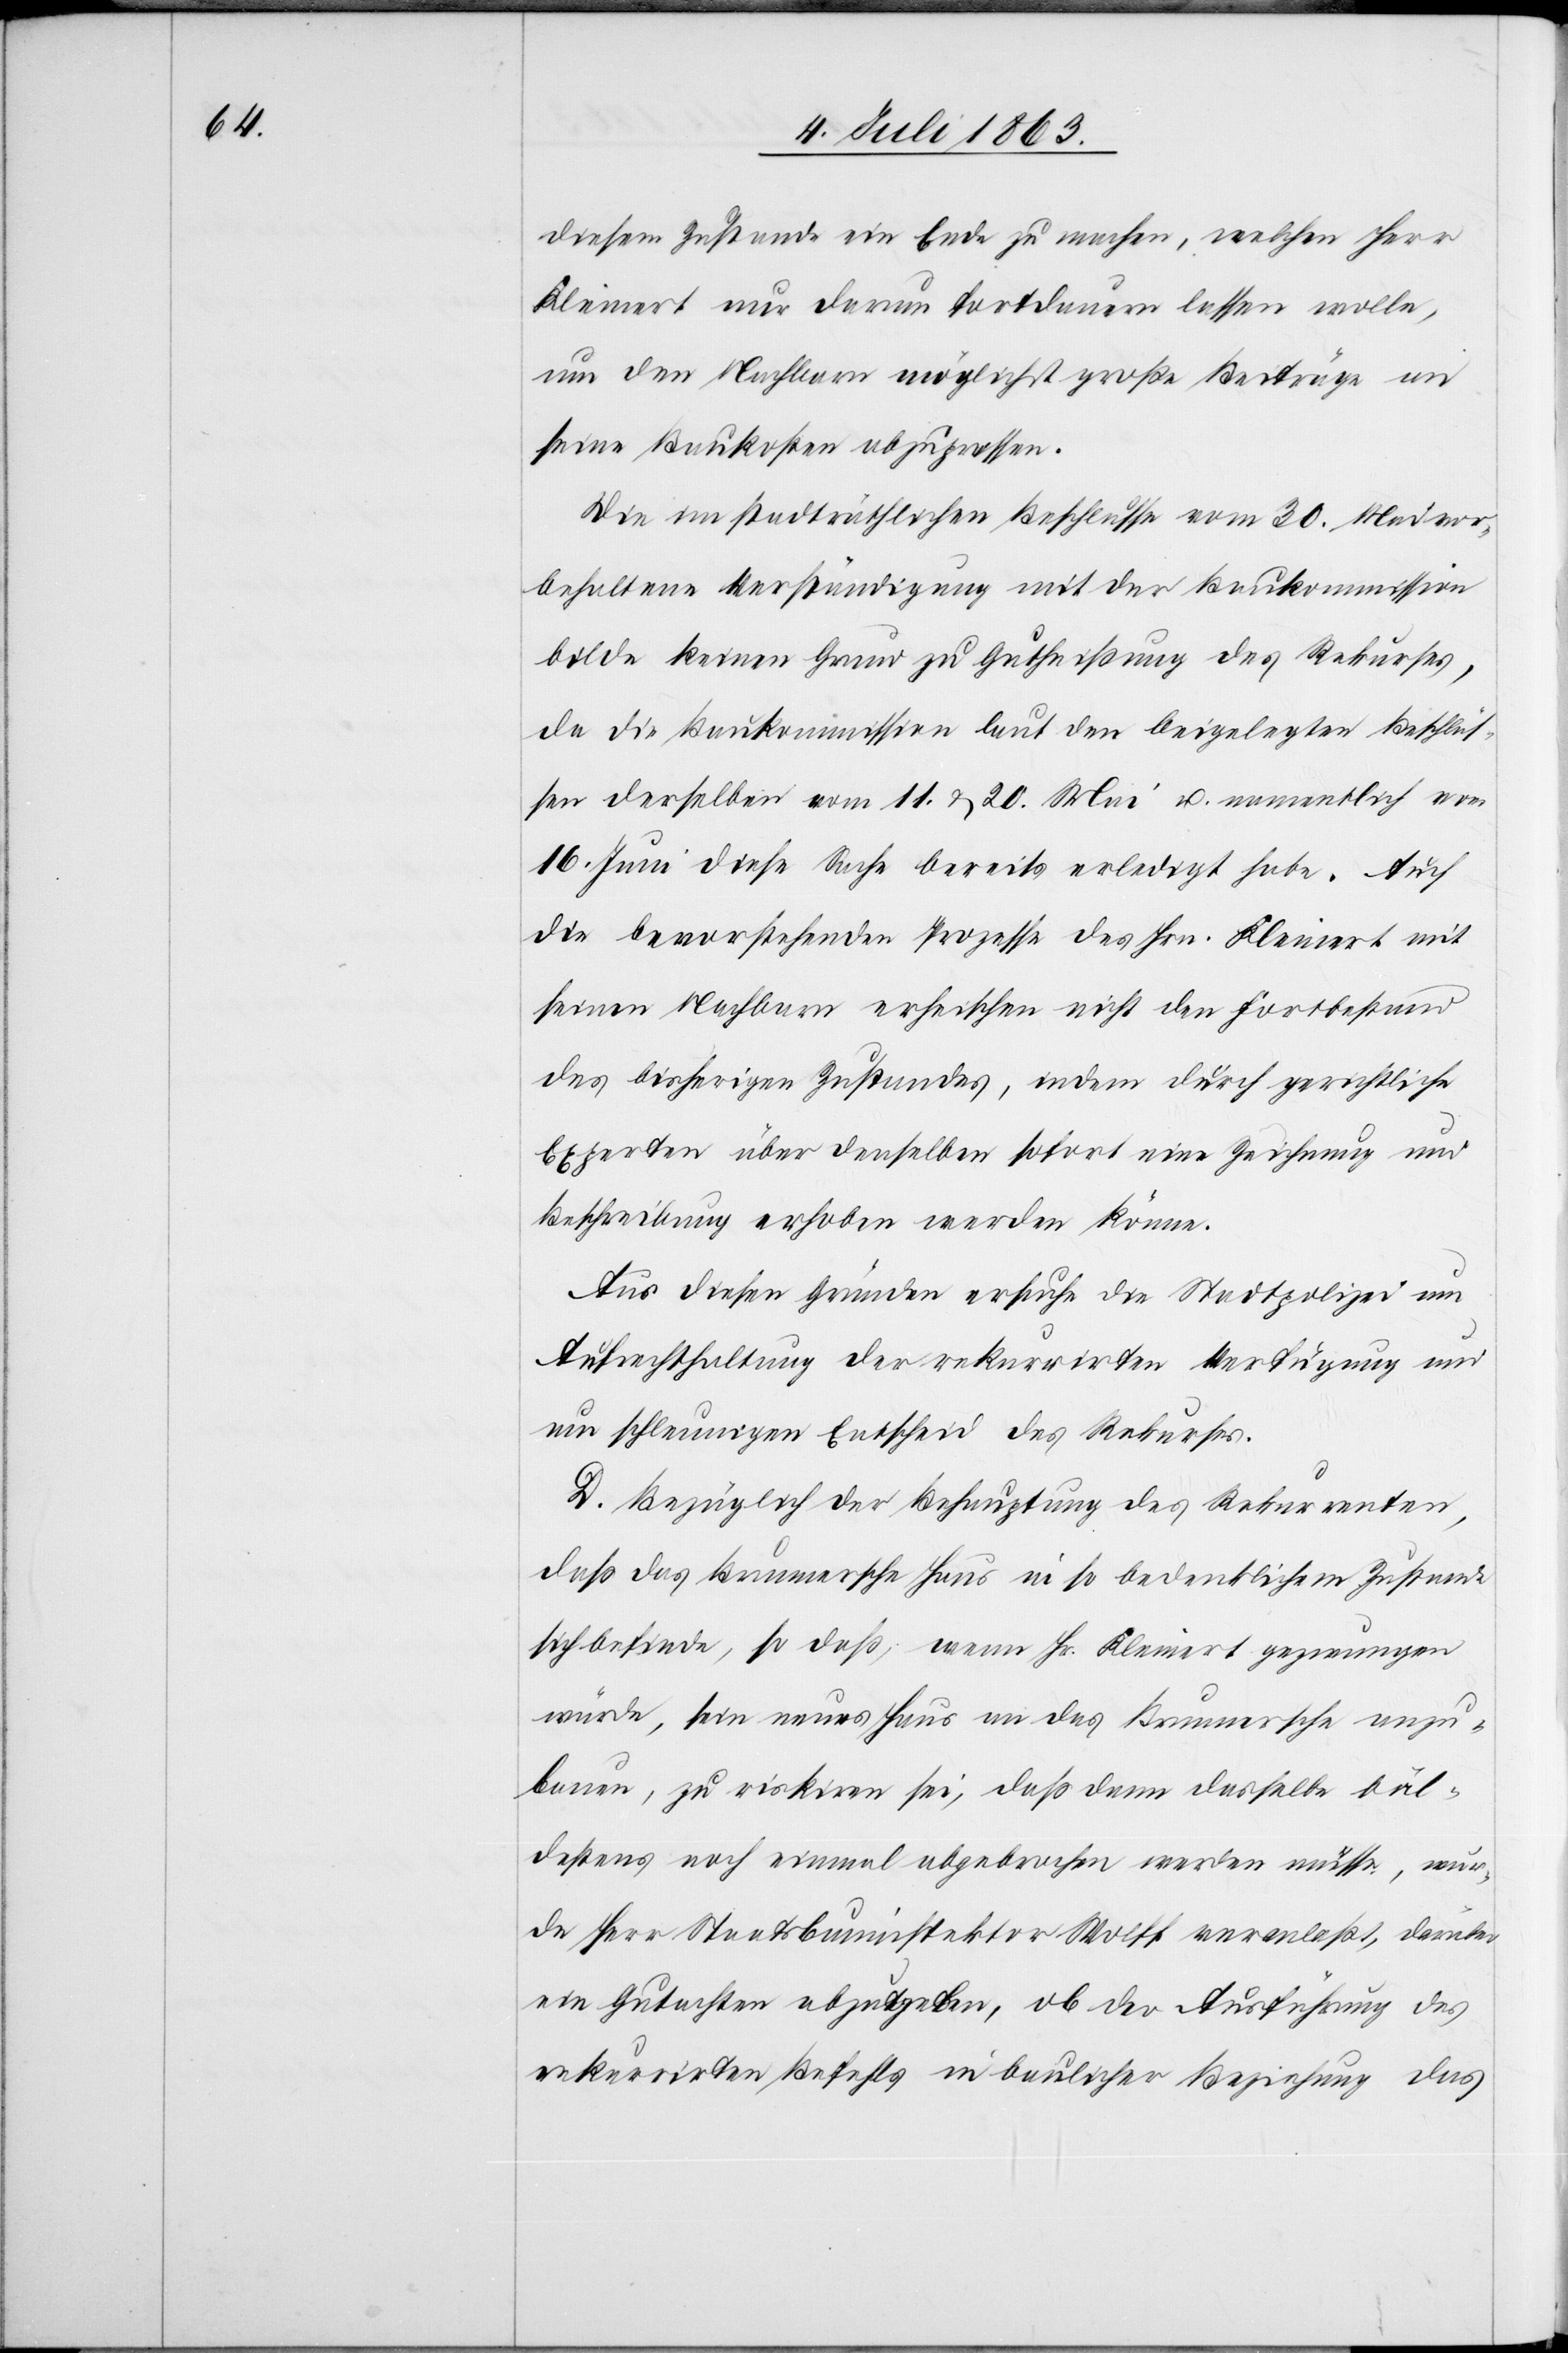
diesem Zustande ein Ende zu machen, welchen Herr
Kleinert nur darum fortdauern lassen wolle,
um den Nachbarn möglichst große Beiträge an
seine Baukosten abzupressen.
Die im stadträthlichen Beschlusse vom 30. Mai vor¬
behaltene Verständigung mit der Baukommission
bilde keinen Grund zu Gutheißung des Rekurses,
da die Baukommission laut den beigelegten Beschlüs¬
sen derselben vom 11. & 20. Mai u. namentlich vom
16. Juni diese Sache bereits erledigt habe. Auch
die bevorstehenden Prozesse des Hrn. Kleinert mit
seinen Nachbarn erheischen nicht den Fortbestand
des bisherigen Zustandes, indem durch gerichtliche
Experten über denselben sofort eine Zeichnung und
Beschreibung erhoben werden könne.
Aus diesen Gründen ersuche die Stadtpolizei um
Aufrechthaltung der rekurrirten Verfügung und
um schleunigen Entscheid des Rekurses.
D. Bezüglich der Behauptung des Rekurrenten,
daß das Brunnersche Haus in so bedenklichem Zustande
sich befinde, so daß, wenn Hr. Kleinert gezwungen
würde, sein neues Haus an das Brunnersche anzu¬
bauen, zu riskiren sei, daß dann dasselbe bäl¬
destens noch einmal abgebrochen werden müsse, wur¬
de Herr Staatsbauinspektor Wolff veranlaßt, darüber
ein Gutachten abzugeben, ob der Ausführung des
rekurrirten Befehls in baulicher Beziehung
das